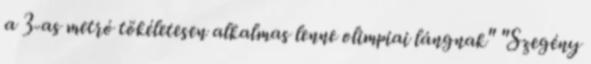
a 3-as metró tökéletesen alkalmas lenne olimpiai lángnak" "Szegény